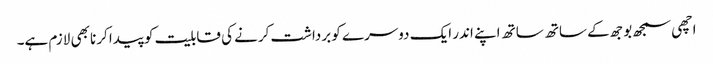
اچھی سمجھ بوجھ کے ساتھ ساتھ اپنے اندر ایک دوسرے کو برداشت کرنے کی قابلیت کو پیدا کرنا بھی لازم ہے۔